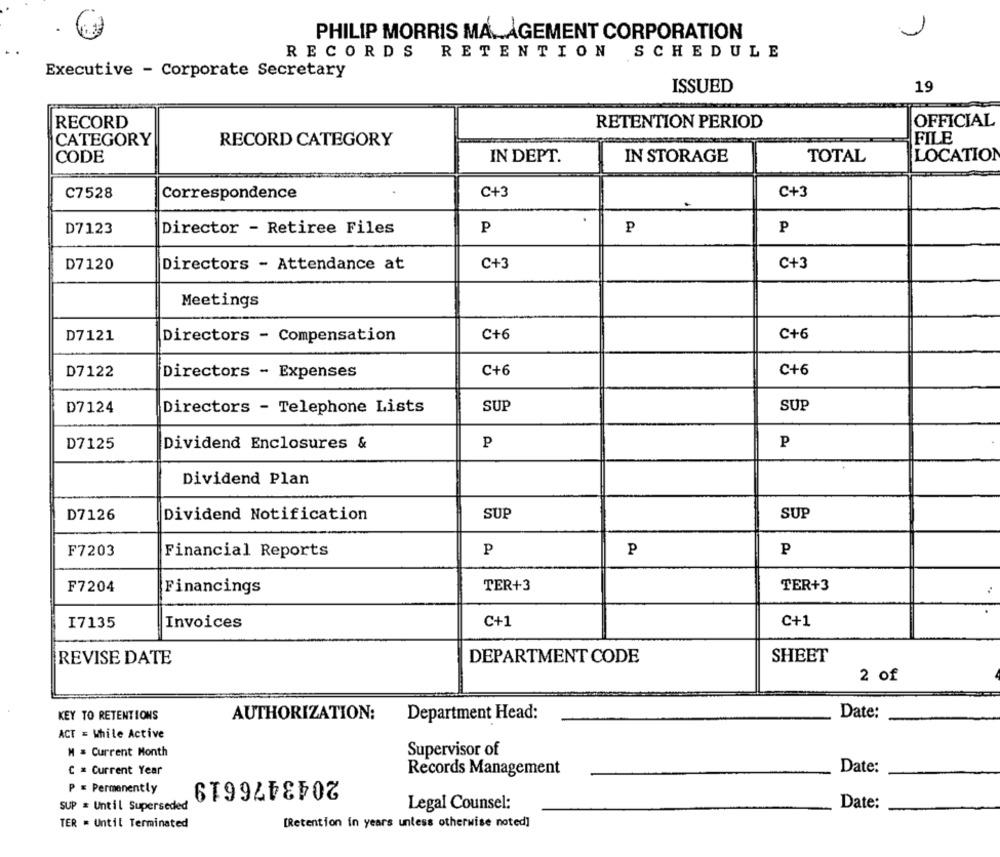
PHILIP MORRIS MANAGEMENT CORPORATION
RECORDS RETENTION SCHEDULE
Executive - Corporate Secretary
ISSUED
19
OFFICIAL
RECORD
RETENTION PERIOD
CATEGORY
RECORD CATEGORY
FILE
CODE
IN DEPT.
IN STORAGE
TOTAL
LOCATION
C7528
Correspondence
C+3
C+3
.
D7123
Director - Retiree Files
P
P
D7120
Directors - Attendance at
C+3
C+3
Meetings
C+6
C+6
D7121
Directors - Compensation
C+6
D7122
Directors - Expenses
C+6
D7124
Directors - Telephone Lists
SUP
SUP
D7125
Dividend Enclosures &
P
P
Dividend Plan
D7126
SUP
SUP
Dividend Notification
F7203
Financial Reports
P
P
P
F7204
Financings
TER+3
TER+3
I7135
Invoices
C+1
C+1
REVISE DATE
DEPARTMENT CODE
SHEET
2 of
KEY TO RETENTIONS
AUTHORIZATION:
Department Head:
Date:
ACT = While Active
M = Current Month
Supervisor of
" = Current Year
2043476619
Records Management
Date:
P = Permanently
SUP = Until Superseded
Legal Counsel:
Date:
TER = Until Terminated
[Retention in years unless otherwise noted]